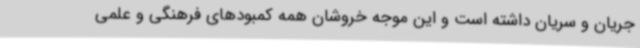
جریان و سریان داشته است و این موجه خروشان همه کمبودهای فرهنگی و علمی